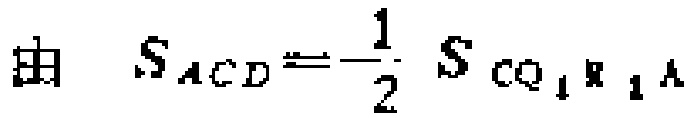
由 \(S_{ACD}=\frac{1}{2}S_{CQ_{1}R_{1}A}\)